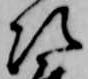
次